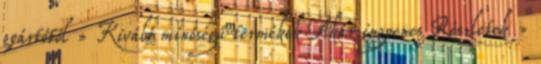
gyártótól » Kiváló minőségű termékek Akár ingyenes Részletek »